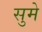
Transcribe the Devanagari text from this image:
सुमे